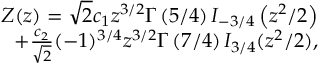
\begin{array} { r } { Z ( z ) = \sqrt { 2 } c _ { 1 } z ^ { 3 / 2 } \Gamma \left( 5 / 4 \right) I _ { - 3 / 4 } \left( z ^ { 2 } / 2 \right) } \\ { + \frac { c _ { 2 } } { \sqrt { 2 } } ( - 1 ) ^ { 3 / 4 } z ^ { 3 / 2 } \Gamma \left( 7 / 4 \right) I _ { 3 / 4 } ( z ^ { 2 } / 2 ) , } \end{array}